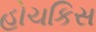
હોચકિસ